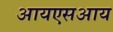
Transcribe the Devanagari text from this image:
आयएसआय